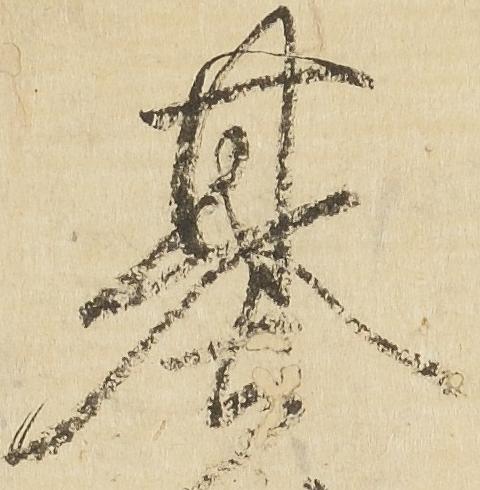
基